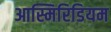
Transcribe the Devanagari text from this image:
आस्मिरिडियम